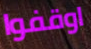
اوقفوا